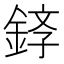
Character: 𫒤